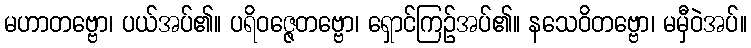
မဟာတဗ္ဗော၊ ပယ်အပ်၏။ ပရိဝဇ္ဇေတဗ္ဗော၊ ရှောင်ကြဉ်အပ်၏။ နသေဝိတဗ္ဗော၊ မမှီဝဲအပ်။